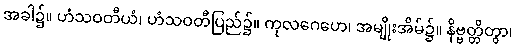
အခါ၌။ ဟံသဝတီယံ၊ ဟံသဝတီပြည်၌။ ကုလဂေဟေ၊ အမျိုးအိမ်၌။ နိဗ္ဗတ္တိတွာ၊